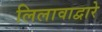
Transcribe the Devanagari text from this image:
लिलावाद्वारे